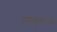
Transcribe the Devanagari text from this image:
अतुलना